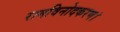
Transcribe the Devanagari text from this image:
रामविनोदकरण।